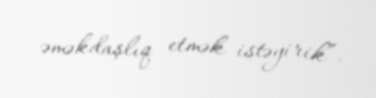
əməkdaşlıq etmək istəyirik”.